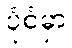
ပုံစံမှာ